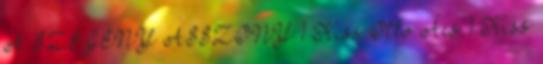
A SZEGÉNY ASSZONY 1 Kiss Ottó Ács 1 Kiss